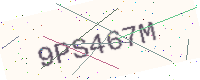
Text: 9PS467M